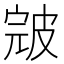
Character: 𰤪